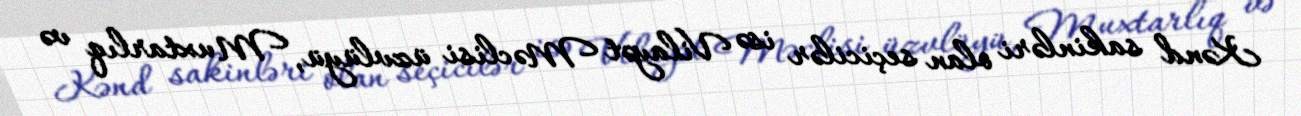
Kənd sakinləri olan seçicilər isə Vilayət Məclisi üzvlüyü, Muxtarlıq və